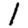
Digit: 1